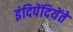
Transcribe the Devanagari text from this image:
इंदिपेंदियेंते